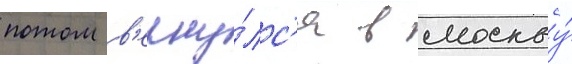
потом в'ерну́лс'я в москву́